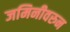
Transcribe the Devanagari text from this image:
जमिनीवरुन